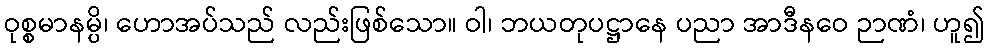
ဝုစ္စမာနမ္ပိ၊ ဟောအပ်သည် လည်းဖြစ်သော။ ဝါ၊ ဘယတုပဋ္ဌာနေ ပညာ အာဒီနဝေ ဉာဏံ၊ ဟူ၍